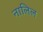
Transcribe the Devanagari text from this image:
नालिल